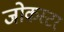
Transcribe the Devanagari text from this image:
जोकस्टर